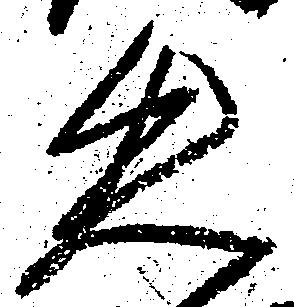
失